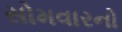
સોમવારનો